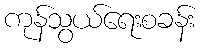
ကုန်သွယ်ရေးစခန်း